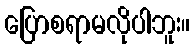
ပြောစရာမလိုပါဘူး။